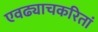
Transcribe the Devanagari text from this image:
एवढ्याचकरितां